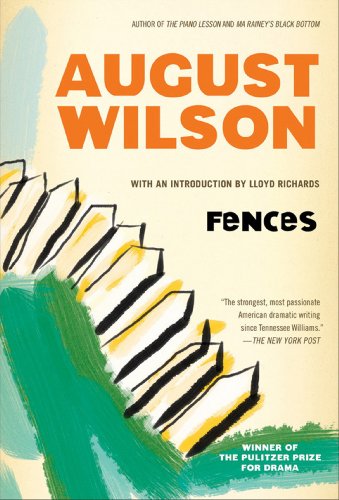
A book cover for Fences; August Wilson; Literature & Fiction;